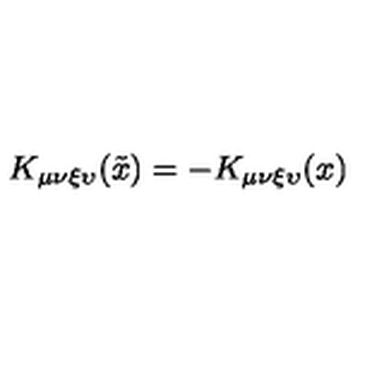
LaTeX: K _ { \mu \nu \xi \upsilon } ( \tilde { x } ) = - K _ { \mu \nu \xi \upsilon } ( x )